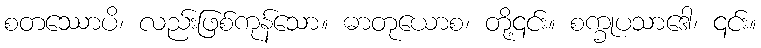
စတဿောပိ၊ လည်းဖြစ်ကုန်သော။ ဓာတုယောစ၊ တို့၎င်း။ စက္ခုပသာဒေါ၊ ၎င်း။